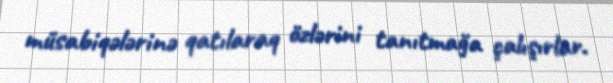
müsabiqələrinə qatılaraq özlərini tanıtmağa çalışırlar.